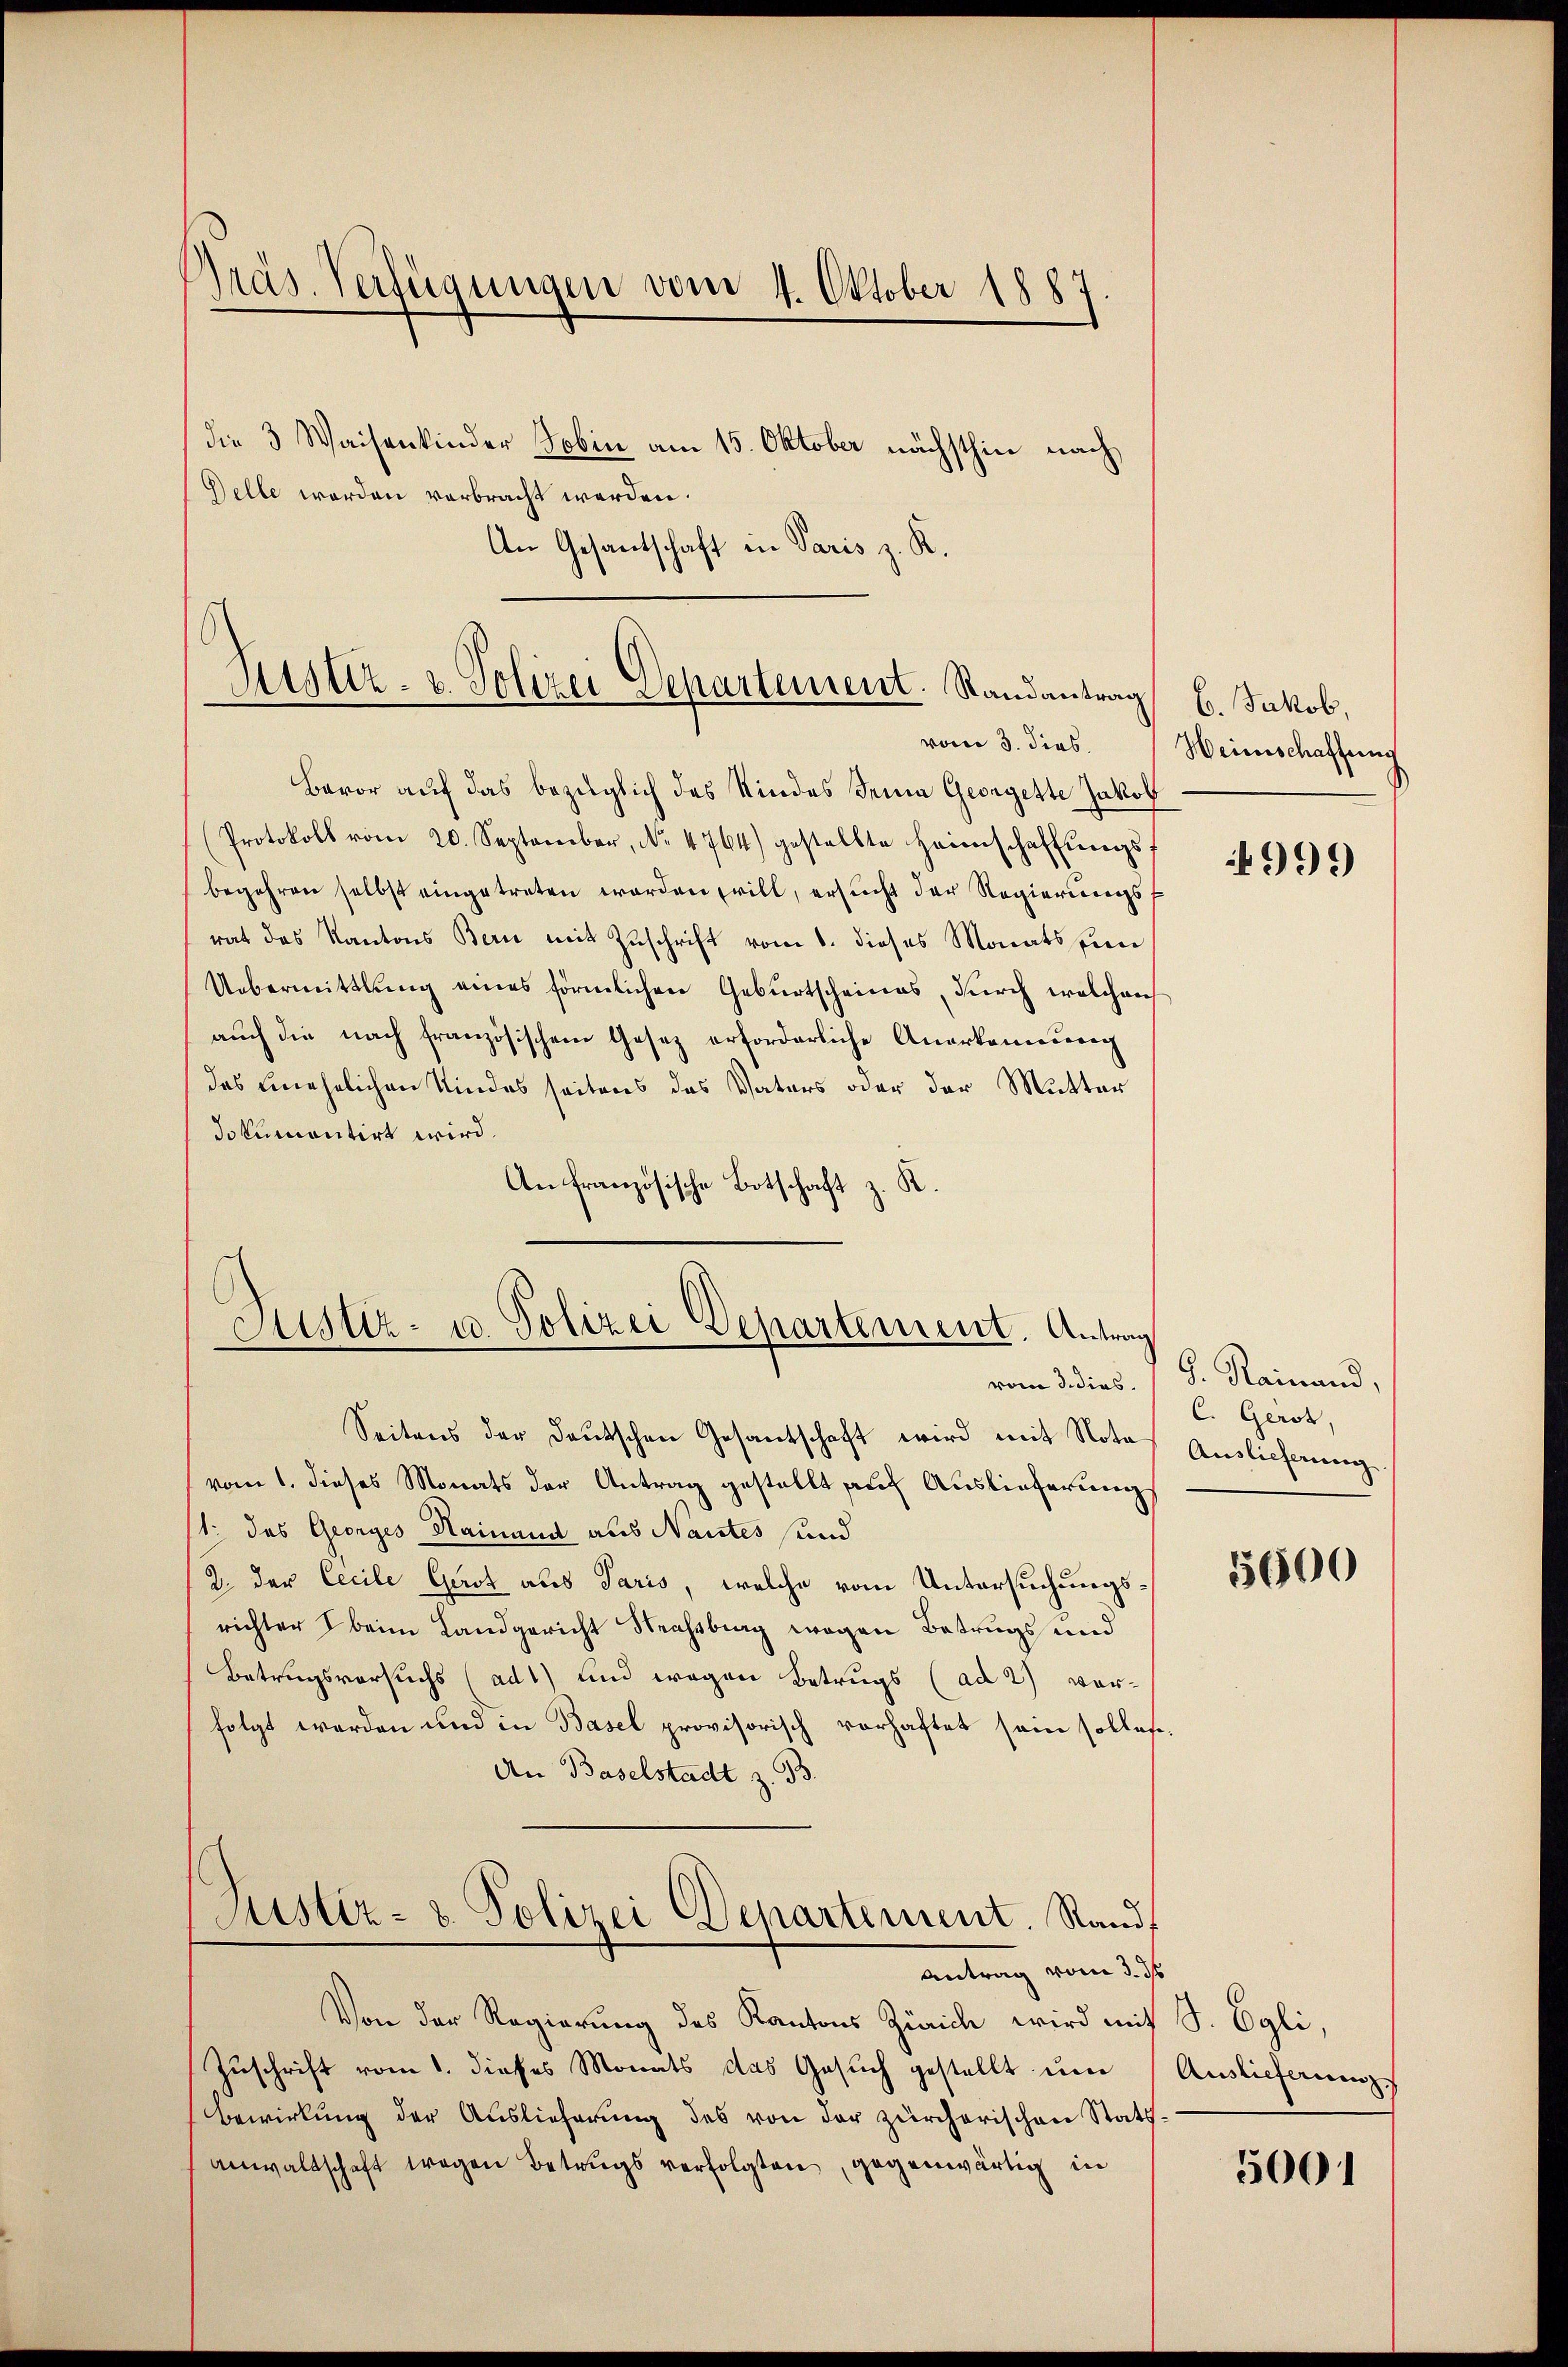
Präs. Verfügungen vom 4. Oktober 1883

die 3 Waisenkinder Tobin am 15. Oktober nächsthin nach
Delle werden verbracht werden.
An Gesantschaft in Paris z. R.

Sistiz- u. Polizei Departement. Randantrag 6. Jakob,
vom 3. dies

Bavor auf das bezüglich des Kindes Frina Georgette Jakob
Protokoll vom 20. September, No. 4764) gestellte Heimschaffŭngs-
begehren selbst eingetreten worden will, ersucht der Regierungsrat das Kantons Bern mit Zuschrift vom 1. dieses Monats pen
Uebermittlung eines förmlichen Geburtscheines, durch welchen
auch die nach französischem Gesetz erforderliche Anerkennung
das unehelichen Kindes seitens des Vaters oder der Mutter
dokumontirt wird.
An französische Botschaft z. K.

Justiz- u. Polizei Separtement. Antr
vom 3. dies

Seitens der deutschen Gesantschaft wird mit Nota Auslicherŭng
vom 1. dieses Monats der Antrag gestellt auf Auslieferung
/1. das Georges Hainand aus Nantes sind
2. Der Cecile Gerst aus Paris, welche vom Untersuchungsrichter beim Landgericht Strassbrag wegen Betrugs und
Betrugsversuchs (ad1) und wegen Betrugs (ad 2) vorfolgt werden und in Basel provisorisch vorhaftet sein sollen.
An Baselstadt z. B.
Justiz- & Polizei Departement. Rand

Antrag vom 3. ds

Von der Regierung des Kantons Zürich wird mit S. Egli,
Zuschrift vom 1. dieses Monats das Gesuch gestellt um
Bewirkung der Auslieferŭng des von der zürcherischen Statt.
anwaltschaft wegen Betrugs verfolgten, gegenwärtig in

Weinschaffung

999

ang
H. Reinand,
C. Gerst,

5600

Auslieferung

5001